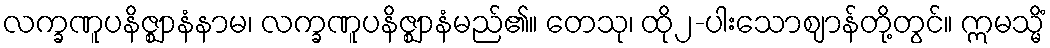
လက္ခဏူပနိဇ္ဈာနံနာမ၊ လက္ခဏူပနိဇ္ဈာနံမည်၏။ တေသု၊ ထို၂-ပါးသောဈာန်တို့တွင်။ ဣမသ္မိံ